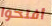
أفتحوا